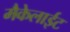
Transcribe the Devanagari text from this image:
मैकेलाईट